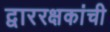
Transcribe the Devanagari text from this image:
द्वाररक्षकांची